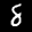
Label: 8